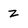
Character: Z